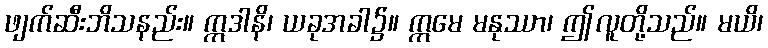
ဖျက်ဆီးဘိသနည်း။ ဣဒါနိ၊ ယခုအခါ၌။ ဣမေ မနုဿာ၊ ဤလူတို့သည်။ မယိ၊